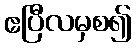
ဧပြီလမှစ၍